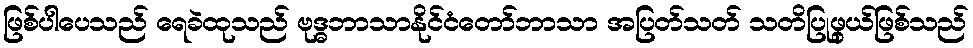
ဖြစ်ပါပေသည် ရေခဲထုသည် ဗုဒ္ဓဘာသာနိုင်ငံတော်ဘာသာ အပြတ်သတ် သတိပြုဖွယ်ဖြစ်သည်